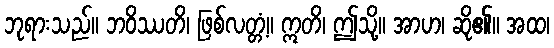
ဘုရားသည်။ ဘဝိဿတိ၊ ဖြစ်လတ္တံ့။ ဣတိ၊ ဤသို့။ အာဟ၊ ဆို၏။ အထ၊